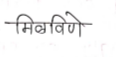
मजकूर: मिळविणे